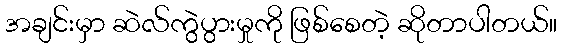
အချင်းမှာ ဆဲလ်ကွဲပွားမှုကို ဖြစ်စေတဲ့ ဆိုတာပါတယ်။